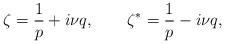
LaTeX: \begin{align*}\zeta=\frac{1}{p}+i\nu q,~~~~~~\zeta^*=\frac{1}{p}-i\nu q,\end{align*}